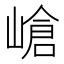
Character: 嵢